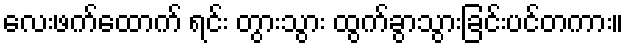
လေးဖက်ထောက် ရင်း တွားသွား ထွက်ခွာသွားခြင်းပင်တကား။